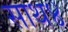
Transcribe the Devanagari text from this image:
साथ४